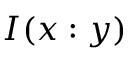
I ( x : y )